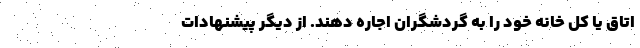
اتاق یا کل خانه خود را به گردشگران اجاره دهند. از دیگر پیشنهادات